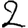
Digit: 2